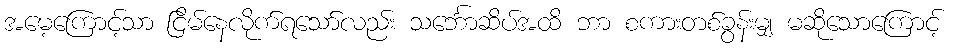
အမေ့ကြောင့်သာ ငြိမ်နေလိုက်ရသော်လည်း သင်္ဘောဆိပ်အထိ ဘာ စကားတစ်ခွန်းမျှ မဆိုသောကြောင့်